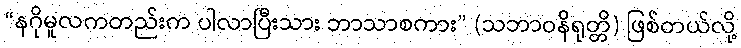
“နဂိုမူလကတည်းက ပါလာပြီးသား ဘာသာစကား” (သဘာဝနိရုတ္တိ) ဖြစ်တယ်လို့